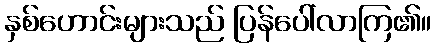
နှစ်ဟောင်းများသည် ပြန်ပေါ်လာကြ၏။